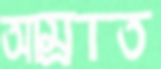
আম্রাত